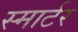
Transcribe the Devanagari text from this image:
स्मार्टर